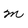
Character: M